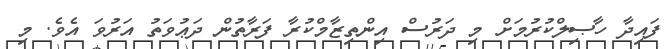
ފައިދާ ހާޞިލްކުރުމަށް މި ދަރުސް އިންތިޒާމްކުރާ ފަރާތުން ދަޢުވަތު އަރުވަ އެވެ. މި